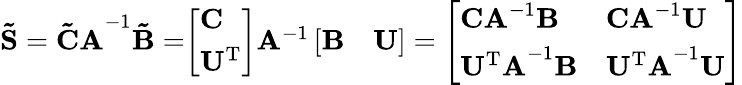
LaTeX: \mathbf{\tilde{S}}=\mathbf{\tilde{C}A}^{-1}\mathbf{\tilde{B}}=\begin{array}{r}{\left[\begin{array}{l}{\mathbf{C}}\\ {\mathbf{U^{\mathrm{T}}}}\end{array}\right]\mathbf{A}^{-1}\left[\begin{array}{ll}{\mathbf{B}}&{\mathbf{U}}\end{array}\right]=\left[\begin{array}{ll}{\mathbf{CA}^{-1}\mathbf{B}}&{\mathbf{CA}^{-1}\mathbf{U}}\\ {\mathbf{U^{\mathrm{T}}A}^{-1}\mathbf{B}}&{\mathbf{U^{\mathrm{T}}A}^{-1}\mathbf{U}}\end{array}\right]}\end{array}